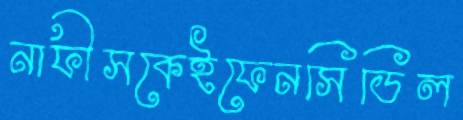
নাফীসকেইফেনসিডিল